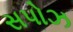
સપોઝ